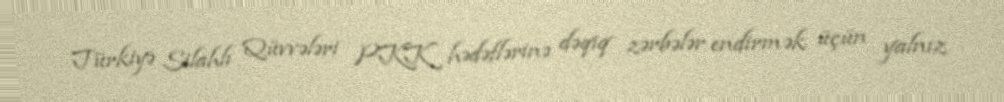
Türkiyə Silahlı Qüvvələri PKK hədəflərinə dəqiq zərbələr endirmək üçün yalnız